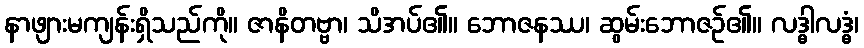
နာဖျားမကျန်းရှိသည်ကို။ ဇာနိတဗ္ဗာ၊ သိအပ်၏။ ဘောဇနဿ၊ ဆွမ်းဘောဇဉ်၏။ လဒ္ဓါလဒ္ဓံ၊